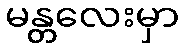
မန္တလေးမှာ